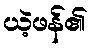
ယဲ့ဖန်၏